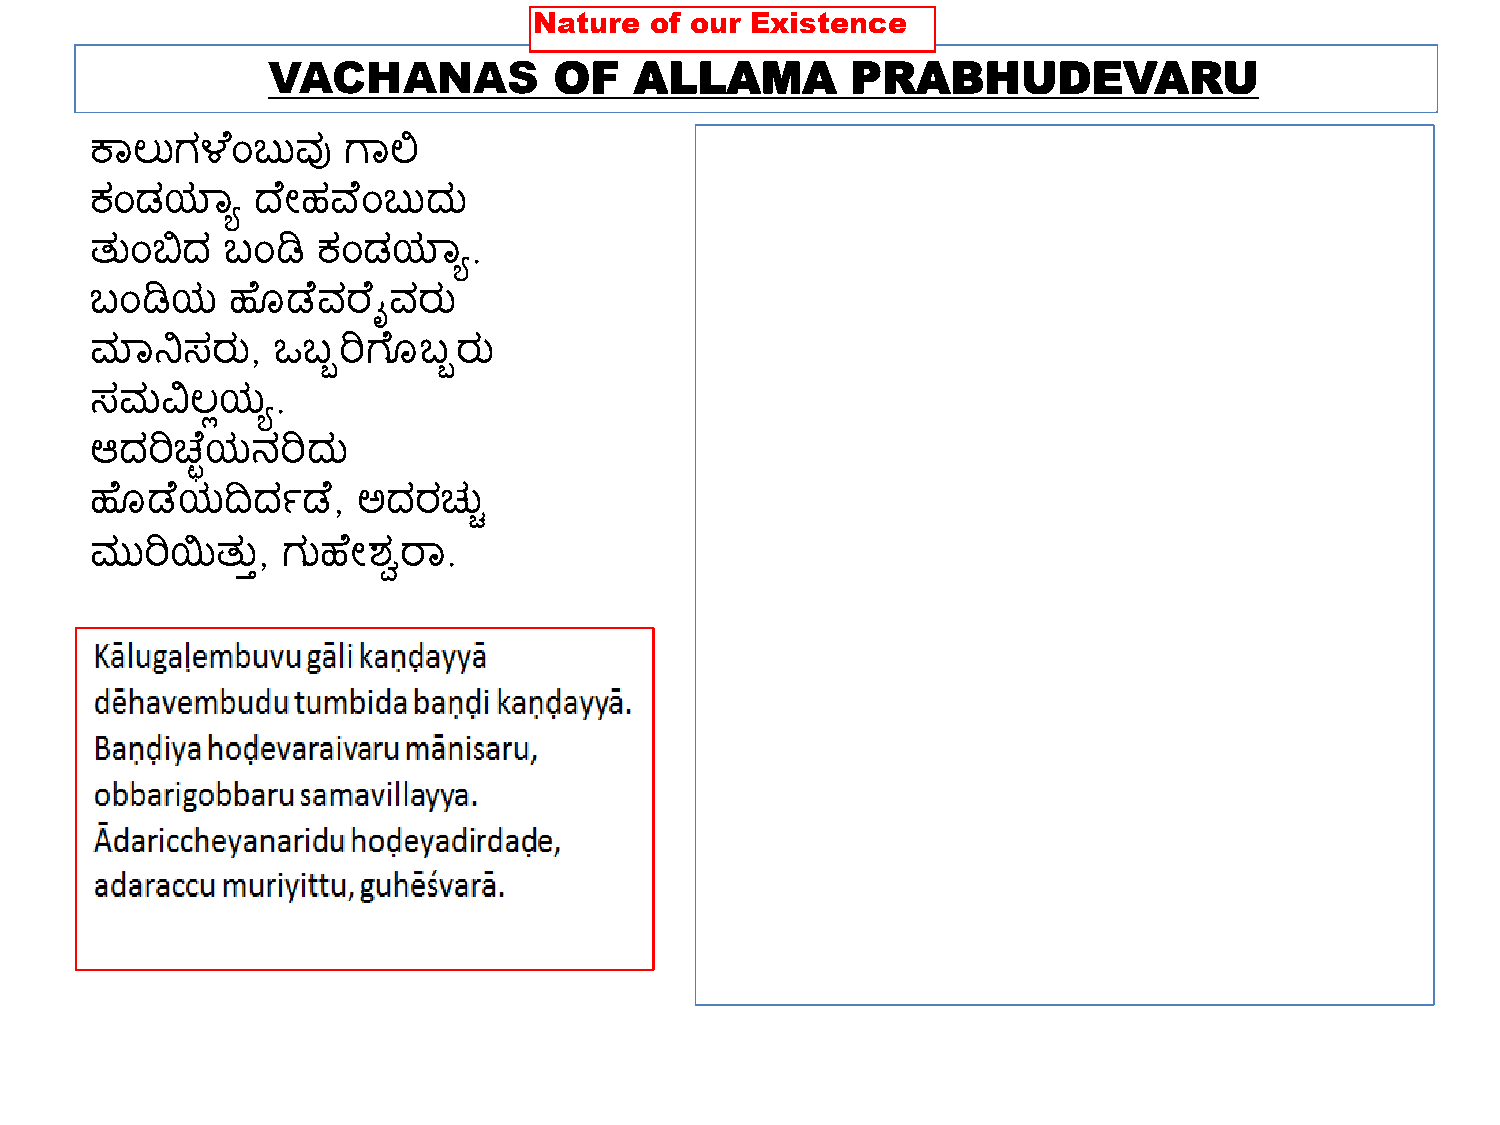
VACHANAS           OF   ALLAMA        PRABHUDEVARU
 ಕಾಲ್ುಗಳ  ಂಬುವು   ಗಾಲಿ
 ಕಂಡಯ್ಾಯ    ದ ೋಹವ್ ಂಬುದು
 ತ್ುಂಬಿದ  ಬಂಡಿ  ಕಂಡಯ್ಾಯ.
 ಬಂಡಿಯ    ಹ ್ಡ  ವರ  ೈವರು
 ಮಾನ್ನಸರು,   ಒಬುರಿಗ  ್ಬುರು
 ಸಮವಿಲ್ಲಯಯ.
 ಆದರಿಚ   ೆಯನರಿದು
 ಹ ್ಡ  ಯದಿದಣಡ    , ಅದರಚುು
 ಮುರಿಯಿತ್ುಿ,  ಗುಹ ೋಶ್ವರಾ.